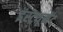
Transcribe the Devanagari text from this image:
इंस्ट्रयूमेंट